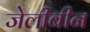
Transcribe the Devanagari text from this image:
जेलीबीन